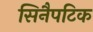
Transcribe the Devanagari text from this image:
सिनैपटिक